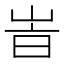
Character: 峕